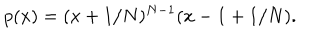
p ( x ) = ( x + 1 / N ) ^ { N - 1 } ( x - 1 + 1 / N ) .